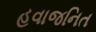
હવાજનિત